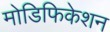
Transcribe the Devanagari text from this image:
मोडिफिकेशन